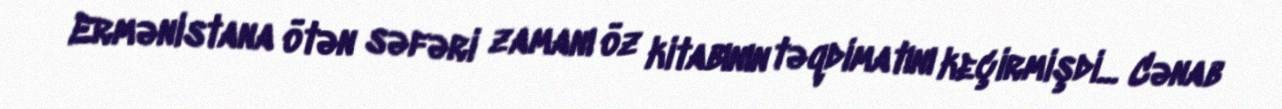
Ermənistana ötən səfəri zamanı öz kitabının təqdimatını keçirmişdi... Cənab